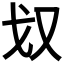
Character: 𭆧